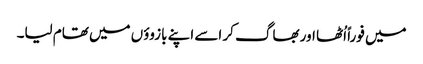
میں فوراً اُٹھا اور بھاگ کر اسے اپنے بازوؤں میں تھام لیا۔